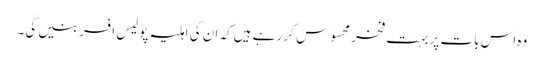
وہ اس بات پر بہت فخر محسوس کر رہے ہیں کہ ان کی اہلیہ پولیس افسر بنیں گی۔